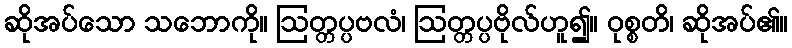
ဆိုအပ်သော သဘောကို။ ဩတ္တပ္ပဗလံ၊ ဩတ္တပ္ပဗိုလ်ဟူ၍။ ဝုစ္စတိ၊ ဆိုအပ်၏။